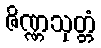
ဇိဏ္ဏသုတ္တံ